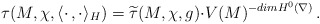
\begin{align*}\tau(M,\chi,\langle\cdot\,,\cdot\rangle_H)=\widetilde{\tau}(M,\chi,g){\cdot}V(M)^{-dimH^0(\nabla)}\,. \end{align*}